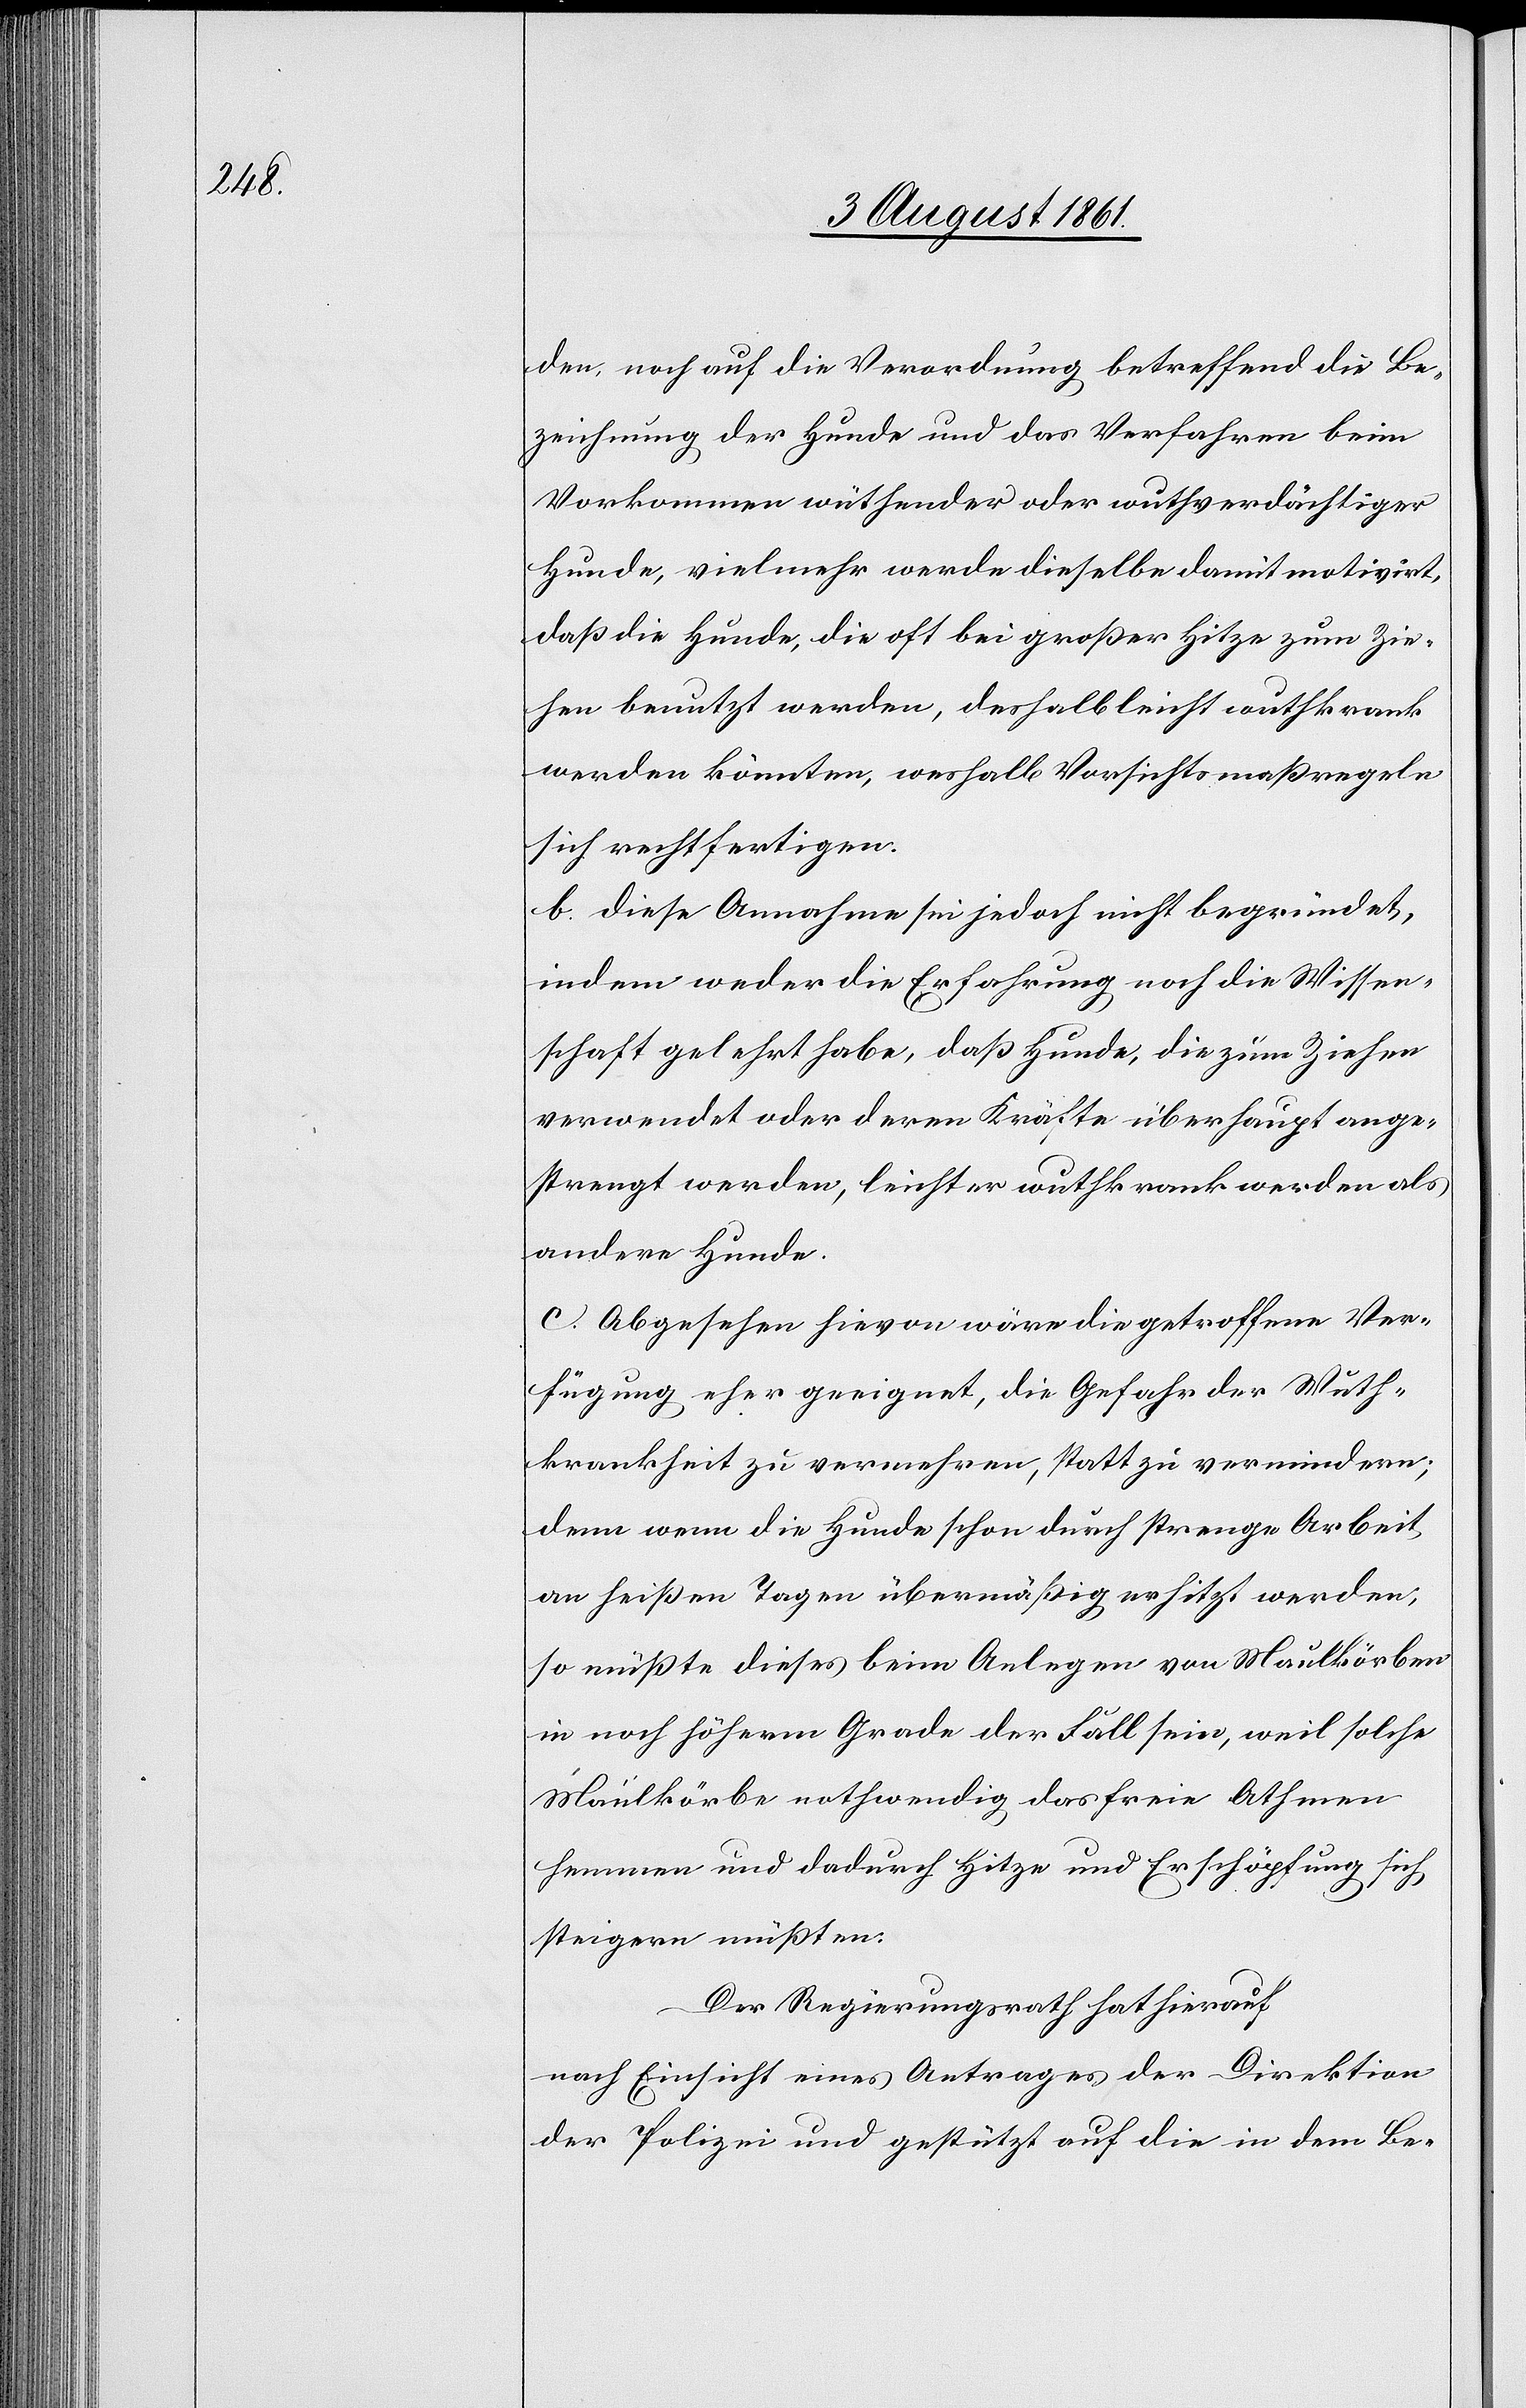
Hunde

den, noch auf die Verordnung betreffend die Be¬
zeichnung der Hunde und der Vorfahren beim
Vorkommen wüthender oder wuthsverdächtiger
Hunde, vielmehr werde dieselbe damit motivirt,
daß die Hunde, die oft bei großer Hitze zum Zie¬
hen benutzt werden, deshalb leicht wuthkrank
werden könnten, weshalb Vorsichtsmaßregeln
sich rechtfertigen.
b. Diese Annahme sei jedoch nicht begründet,
indem weder die Erfahrung noch die Wissen¬
schaft gelehrt habe, daß Hunde, die zum Ziehen
verwendet oder deren Kräfte überhaupt ange¬
strengt werden, leichter wuthkrank werden als
andere Hunde.
c. Abgesehen hievon wäre die getroffene Ver¬
fügung eher geeignet, die Gefahr der Wuth¬
krankheit zu vermehren, statt zu vermindern;
an heißen Tagen übermäßig erhitzt werden,
so müßte dieses beim Anlegen von Maulkörben
in noch höherm Grade der Fall sein, weil solche
Maulkörbe nothwendig das freie Athmen
hemmen und dadurch Hitze und Erschöpfung sich
steigern müßten.
Der Regierungsrath hat hierauf
nach Einsicht eines Antrages der Direktion
der Polizei und gestützt auf die in dem Be-